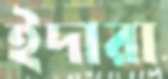
ইদারা